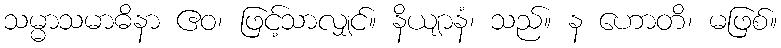
သမ္မာသမာဓိနာ ဧဝ၊ ဖြင့်သာလျှင်။ နိယျာနံ၊ သည်။ န ဟောတိ၊ မဖြစ်။